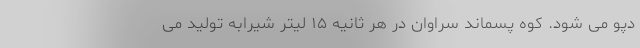
دپو می شود. کوه پسماند سراوان در هر ثانیه ۱۵ لیتر شیرابه تولید می